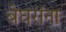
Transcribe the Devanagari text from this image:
बेघरांना